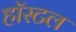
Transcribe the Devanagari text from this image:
हाॅस्टल